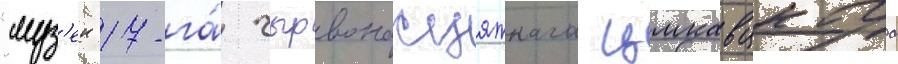
"муз'еи 17-га́ чырвонасцяжнага цмкавцкага